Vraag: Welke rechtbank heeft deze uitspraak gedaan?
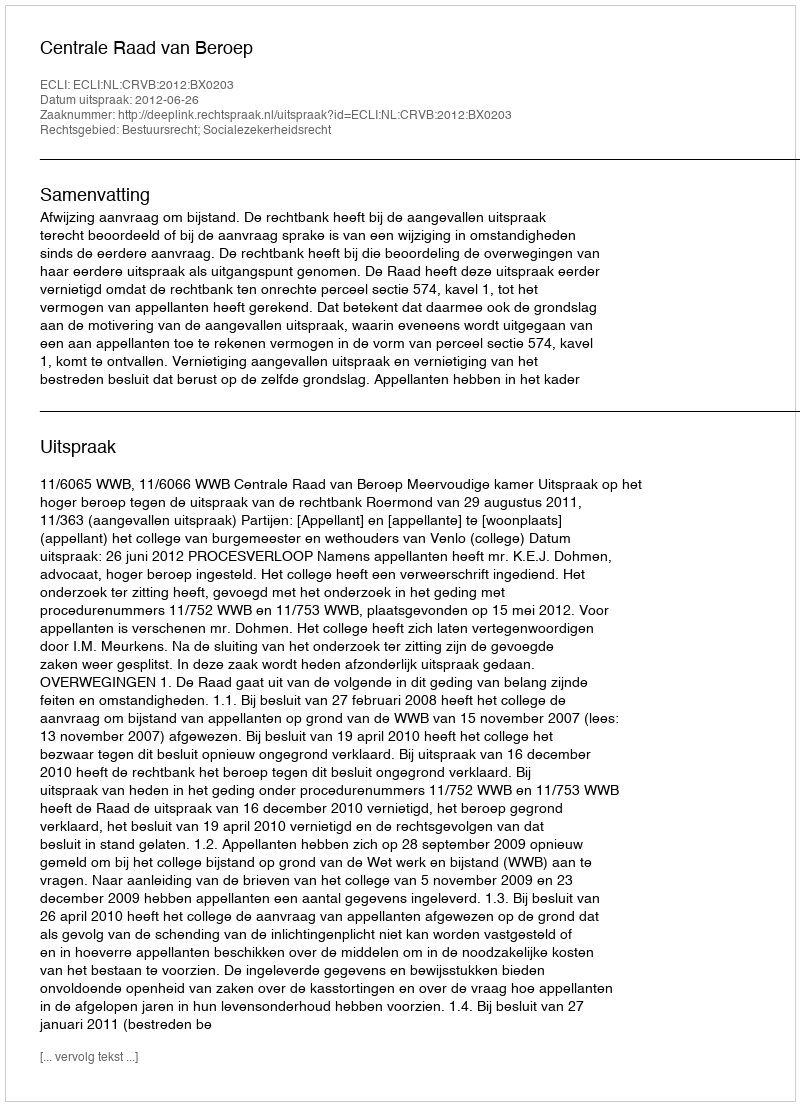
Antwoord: Centrale Raad van Beroep